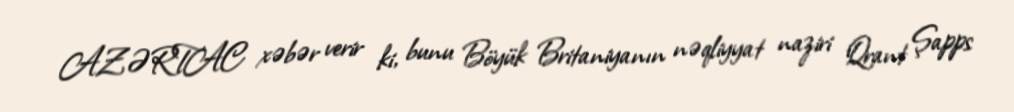
AZƏRTAC xəbər verir ki, bunu Böyük Britaniyanın nəqliyyat naziri Qrant Şapps